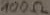
Text: 100Ω